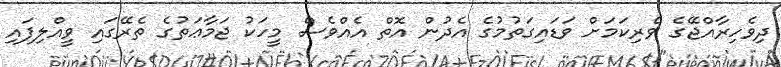
ދިވެހިރާއްޖޭގެ ވެރިކަމަށް ވަޑައިގަތުމުގެ އެދުން އޮތް އެއްވެސް މީހަކު ޖަމާޢަތުގެ ތެރޭގައި ވީއްލިފައި